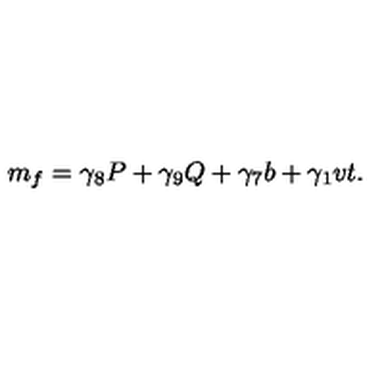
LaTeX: m _ { f } = \gamma _ { 8 } P + \gamma _ { 9 } Q + \gamma _ { 7 } b + \gamma _ { 1 } v t .